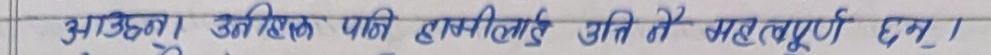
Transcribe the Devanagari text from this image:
उछिलन। अतिरिक्त पानी हामीलाई अति नै महत्वपूर्ण छ।